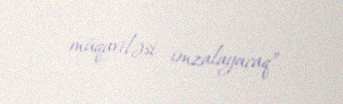
müqaviləsi imzalayacaq”.